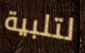
لتلبية